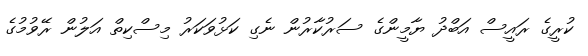
ކުރީގެ ރައީސް އަބްދު ޔާމީންގެ ސަރުކާރުން ނެގި ކަޅުވަކަރު މިސްކިތް އަލުން ރޭވުމުގެ